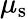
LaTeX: \mu_{\mathrm{s}}